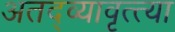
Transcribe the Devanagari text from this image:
अतद्व्यावृत्त्या